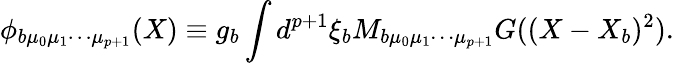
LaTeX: \phi_{b\mu_{0}\mu_{1}\cdots\mu_{p+1}}(X)\equiv g_{b}\int d^{p+1}\xi_{b}M_{b\mu_{0}\mu_{1}\cdots\mu_{p+1}}G((X-X_{b})^{2}).